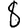
Digit: 8